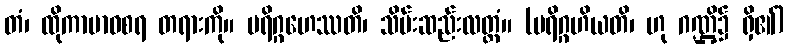
တံ၊ ထိုကာမာဝစရ တရားကို။ ပရိဂ္ဂဟေဿတိ၊ သိမ်းဆည်းလတ္တံ။ (ပရိဂ္ဂဟိယတိ၊ ဟု ဂဏ္ဌိ၌ ရှိ၏)